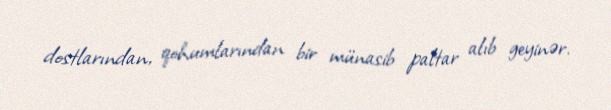
dostlarından, qohumlarından bir münasib paltar alıb geyinər.